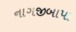
નાગજીબાપા